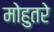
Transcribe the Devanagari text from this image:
मोहुतरे